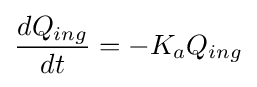
{dQ_{ing} \over dt}=-K_{a}Q_{ing}